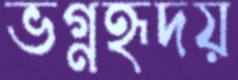
ভগ্নহৃদয়